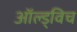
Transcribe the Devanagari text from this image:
ऑल्ड्विच